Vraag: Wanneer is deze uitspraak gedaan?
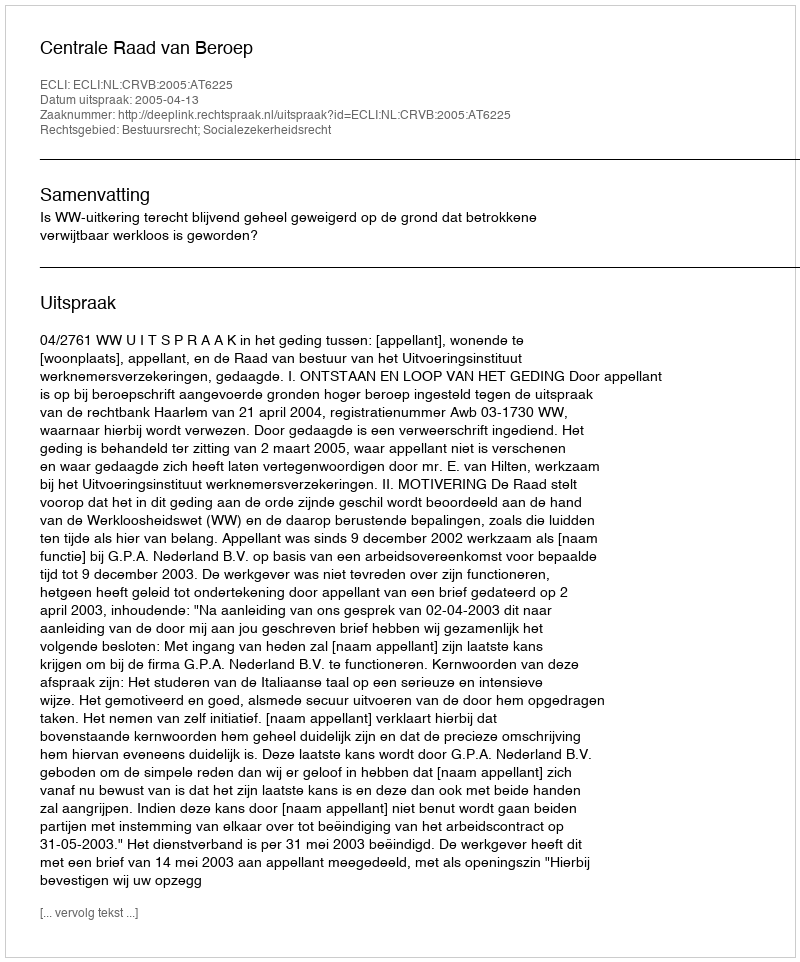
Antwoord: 2005-04-13